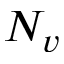
N _ { v }